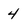
Character: 4